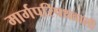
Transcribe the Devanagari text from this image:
मार्गपरिपथवाली